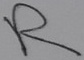
Text: R